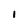
Character: 1